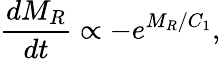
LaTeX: \frac{dM_{R}}{dt}\propto-e^{M_{R}/C_{1}},